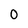
Character: 0